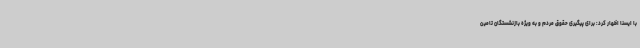
با ایسنا اظهار کرد: برای پیگیری حقوق مردم و به ویژه بازنشستگان تامین